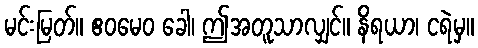
မင်းမြတ်။ ဧဝမေဝ ခေါ၊ ဤအတူသာလျှင်။ နိရယာ၊ ငရဲမှ။